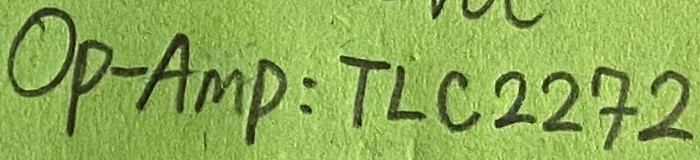
Text: OP-AMP-TLC2272